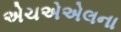
એચએએલના